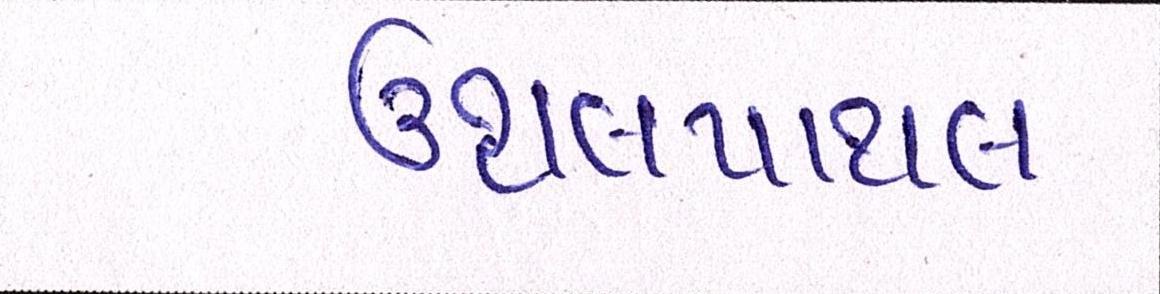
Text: ઉથલપાથલ